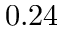
0 . 2 4